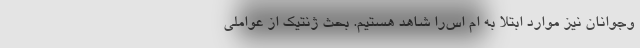
وجوانان نیز موارد ابتلا به ام اس‌را شاهد هستیم. بحث ژنتیک از عواملی